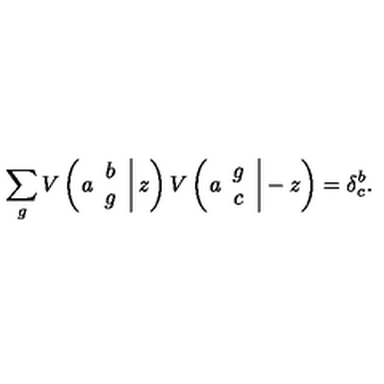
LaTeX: \sum _ { g } V \left( \left. a \begin{array} { c } { b } \\ { g } \\ \end{array} \right| z \right) V \left( \left. a \begin{array} { c } { g } \\ { c } \\ \end{array} \right| - z \right) = \delta _ { c } ^ { b } .